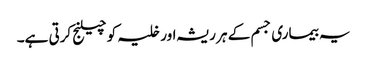
یہ بیماری جسم کے ہر ریشہ اور خلیہ کو چیلنج کرتی ہے۔